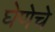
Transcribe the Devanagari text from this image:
घेणेचे